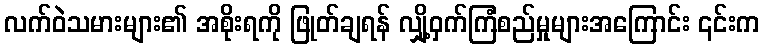
လက်ဝဲသမားများ၏ အစိုးရကို ဖြုတ်ချရန် လျှို့ဝှက်ကြံစည်မှုများအကြောင်း ၎င်းက